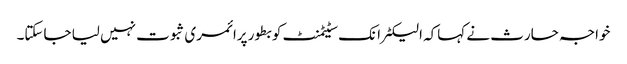
خواجہ حارث نے کہاکہ الیکٹرانک سٹیٹمنٹ کو بطور پرائمری ثبوت نہیں لیا جاسکتا۔